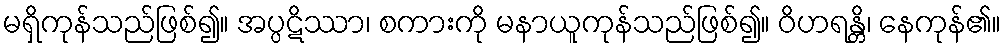
မရှိကုန်သည်ဖြစ်၍။ အပ္ပဋိဿာ၊ စကားကို မနာယူကုန်သည်ဖြစ်၍။ ဝိဟရန္တိ၊ နေကုန်၏။